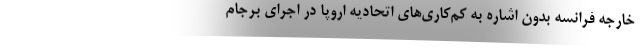
خارجه فرانسه بدون اشاره به کم‌کاری‌های اتحادیه اروپا در اجرای برجام